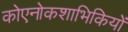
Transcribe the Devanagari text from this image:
कोएनोकशाभिकियों